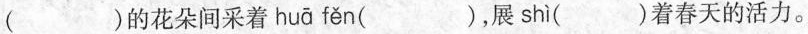
()的花朵间采着 hu ā f ě n ()，展 sh ì ()着春天的活力。